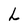
Character: L